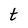
Character: t